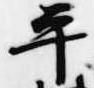
平